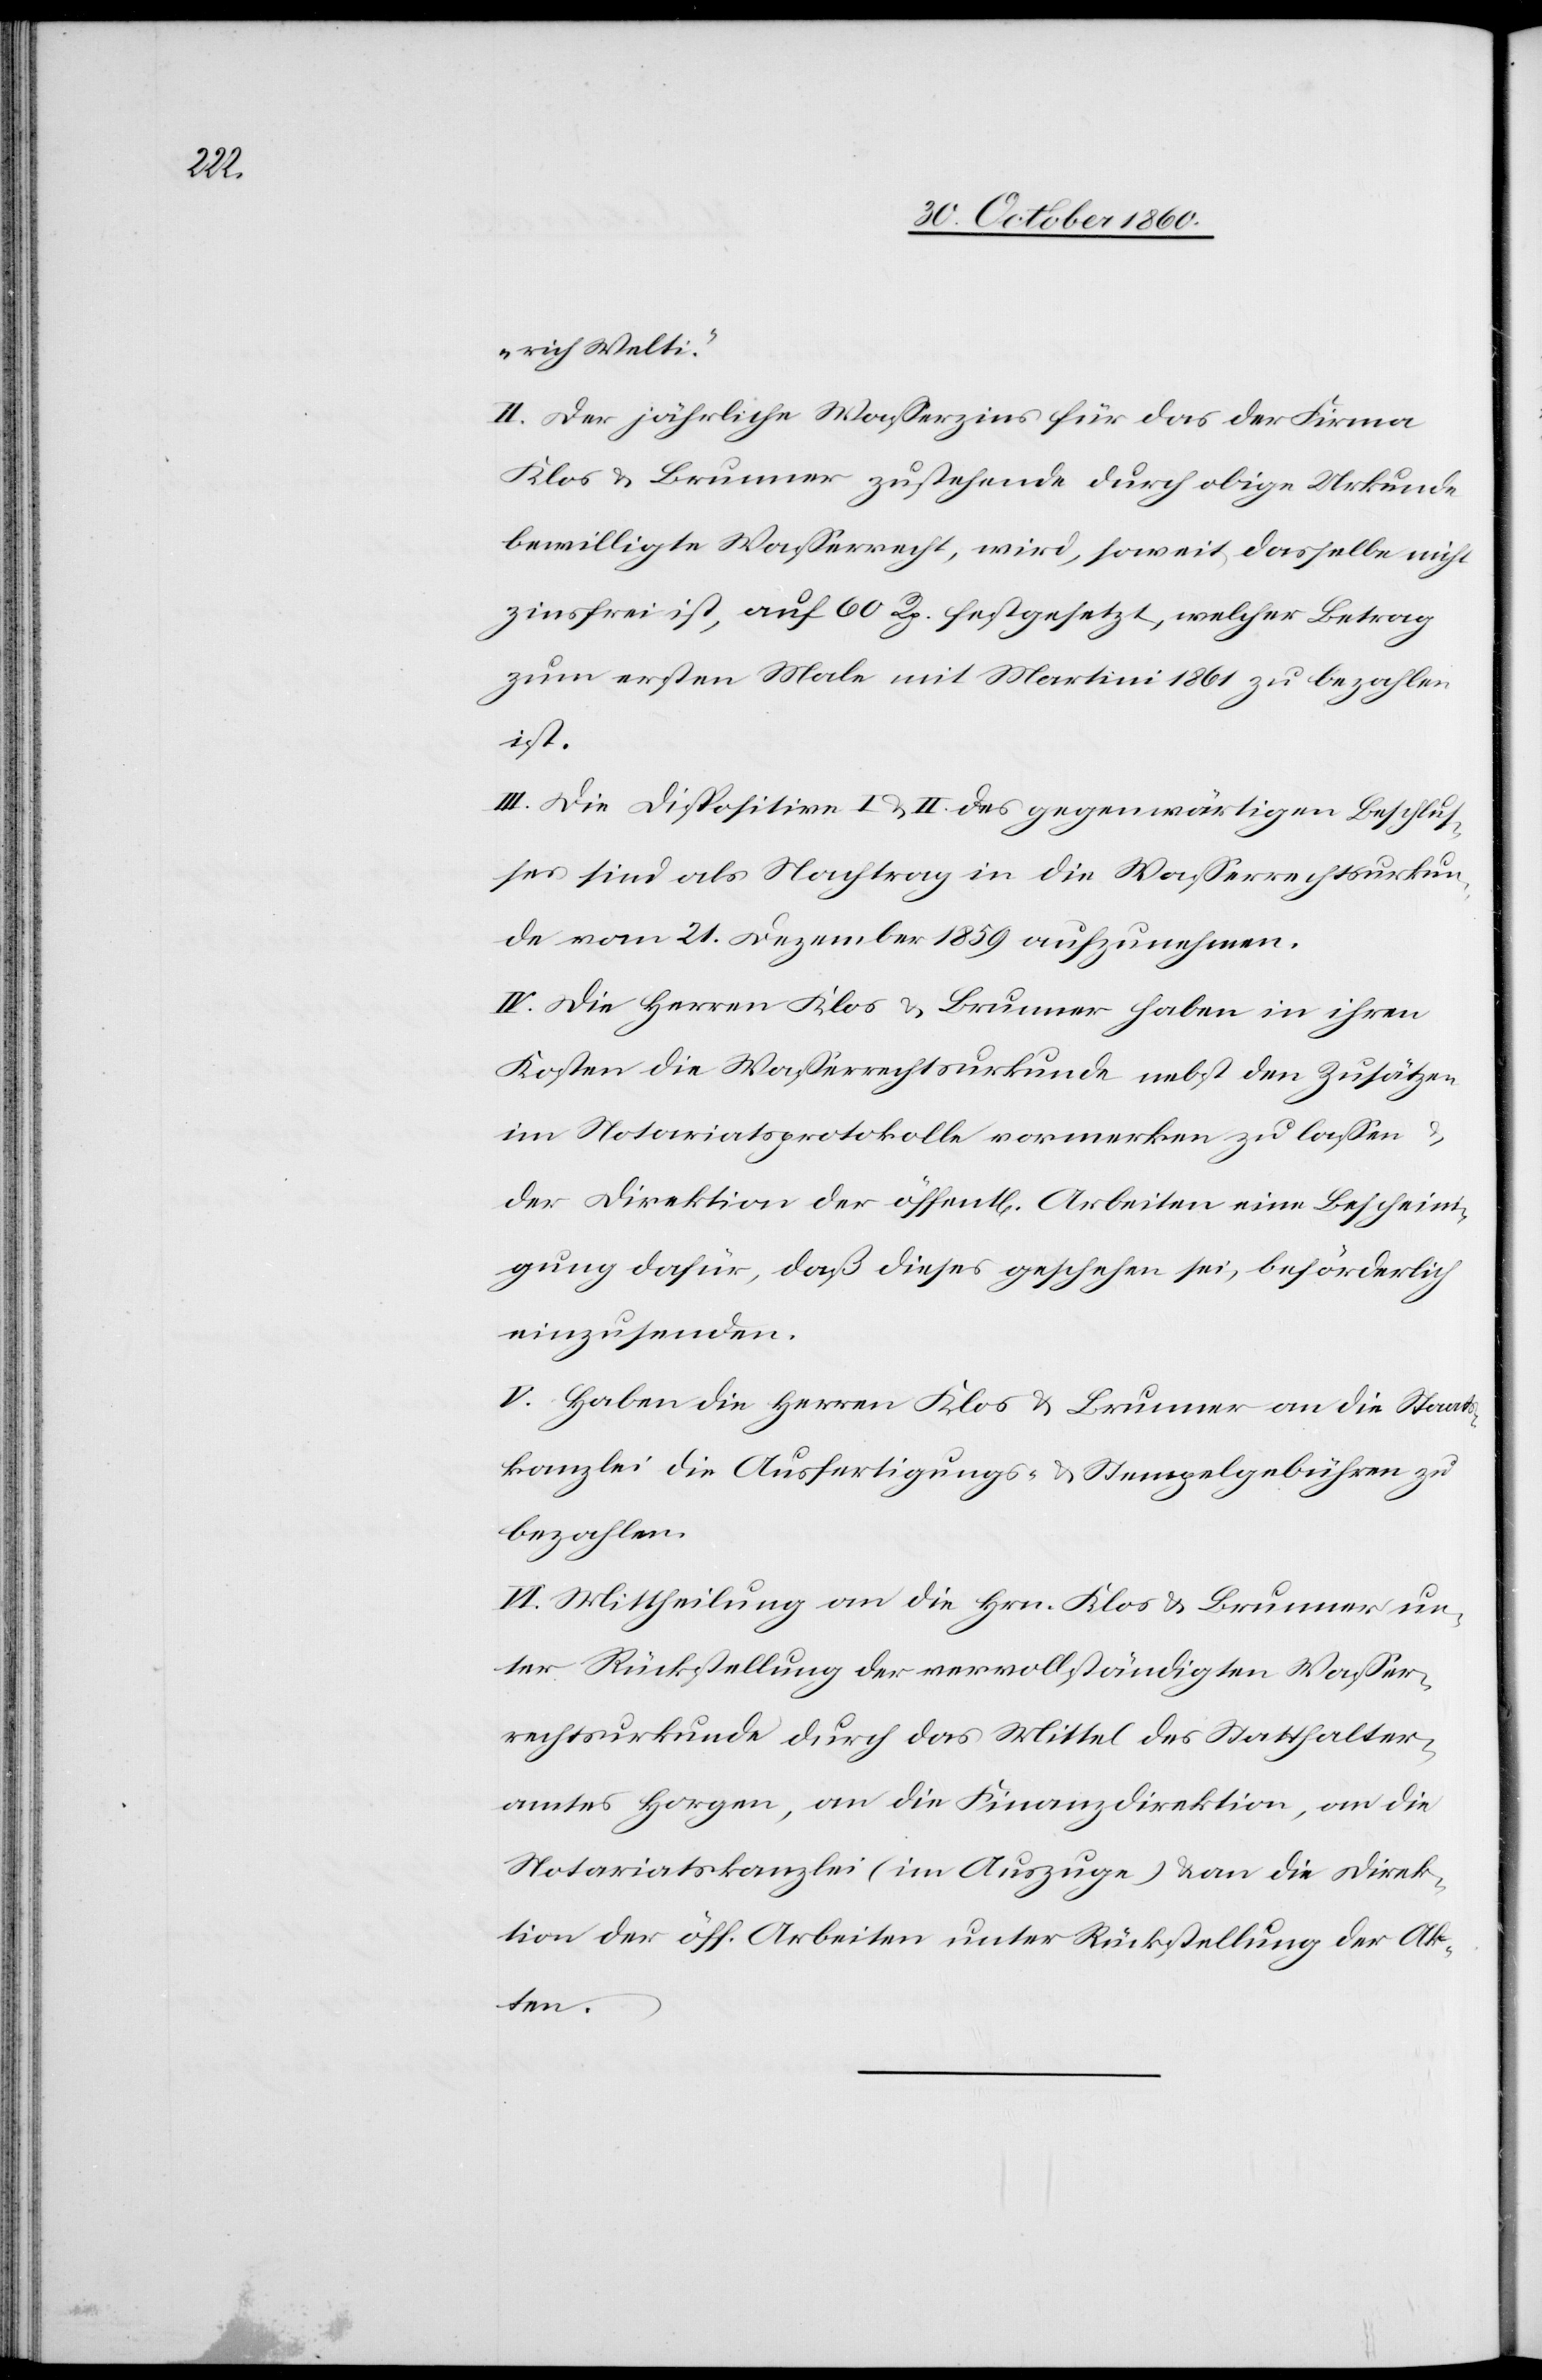
rich Welti.“
II. Der jährliche Wasserzins für das der Firma
Klos u. Brunner zustehende durch obige Urkunde
bewilligte Wasserrecht, wird, soweit dasselbe nicht
zinsfrei ist, auf 60 Rp. festgesetzt, welcher Betrag
zum ersten Male mit Martini 1861 zu bezahlen
ist.
III. Die Dispositive I u. II des gegenwärtigen Beschlus¬
ses sind als Nachtrag in die Wasserrechtsurkun¬
de vom 21. Dezember aufzunehmen.
IV. Die Herren Klos u. Brunner haben in ihren
Kosten die Wasserrechtsurkunde nebst den Zusätzen
im Notariatsprotokolle vormerken zu lassen u.
der Direktion der öffent[lichen] Arbeiten eine Bescheini¬
gung dafür, daß dieses geschehen sei, beförderlich
einzusenden.
V. Haben die Herren Klos u. Brunner an die Staats¬
kanzlei die Ausfertigungs- u. Stempelgebühren zu
bezahlen.
VI. Mittheilung an die Hrn. Klos u. Brunner un¬
ter Rückstellung der vervollständigten Wasser¬
rechtsurkunde durch das Mittel des Statthalter¬
amtes Horgen, an die Finanzdirektion, an die
Notariatskanzlei (im Auszuge) u. an die Direk¬
tion der öff. Arbeiten unter Rückstellung der Ak¬
ten.